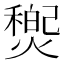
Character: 𤐏